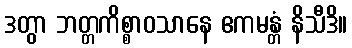
ဒတွာ ဘတ္တကိစ္စာဝသာနေ ဧကမန္တံ နိသီဒိ။